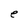
Character: e